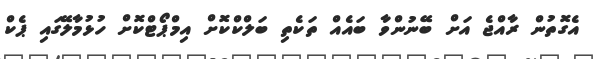
އެގޮތުން ރާއްޖެ އަށް ބޭނުންވާ ބައެއް ތަކެތި ބަލްކްކޮށް އިމްޕޯޓްކޮށް ހުޅުމާލޭގައި ޕެކް